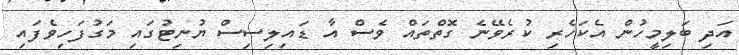
އަދި ބަލިމީހުން އެކަހެރި ކުރެވޭނެ ގޮތްތައް ވެސް އާ ޑައިލިސިސް ޔުނިޓުގައި މަގުފަހިވެފައި